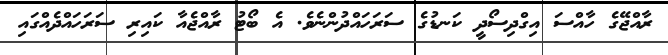
ރާއްޖޭގެ ހާއްސަ އިގްދިސޯދީ ކަނޑުގެ ސަރަހައްދުންނެވެ. އެ ބޯޓު ރާއްޖެއާ ކައިރި ސަރަހައްދެއްގައި